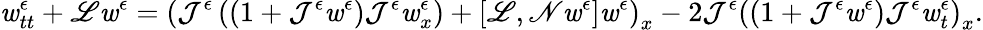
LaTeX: \mathit{w}_{tt}^{\epsilon}+\mathscr{{L}}\mathit{w}^{\epsilon}=\left(\mathcal{{J}}^{\epsilon}\left((1+\mathcal{{J}}^{\epsilon}\mathit{w}^{\epsilon})\mathcal{{J}}^{\epsilon}\mathit{w}_{x}^{\epsilon}\right)+\left[\mathscr{{L}},\mathscr{{N}}\mathit{w}^{\epsilon}\right]\mathit{w}^{\epsilon}\right)_{x}-2\mathcal{{J}}^{\epsilon}\left((1+\mathcal{{J}}^{\epsilon}\mathit{w}^{\epsilon})\mathcal{{J}}^{\epsilon}\mathit{w}_{t}^{\epsilon}\right)_{x}.